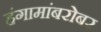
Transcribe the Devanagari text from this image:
हंगामांबरोबर